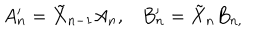
LaTeX: A _ { n } ^ { \prime } = \tilde { X } _ { n - 1 } A _ { n } , B _ { n } ^ { \prime } = \tilde { X } _ { n } B _ { n , } \; \; \;